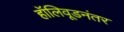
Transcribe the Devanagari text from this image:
हॉलिवूडनंतर